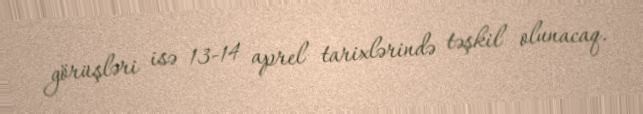
görüşləri isə 13-14 aprel tarixlərində təşkil olunacaq.